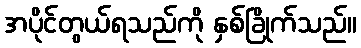
အပိုင်တွယ်ရသည်ကို နှစ်ခြိုက်သည်။